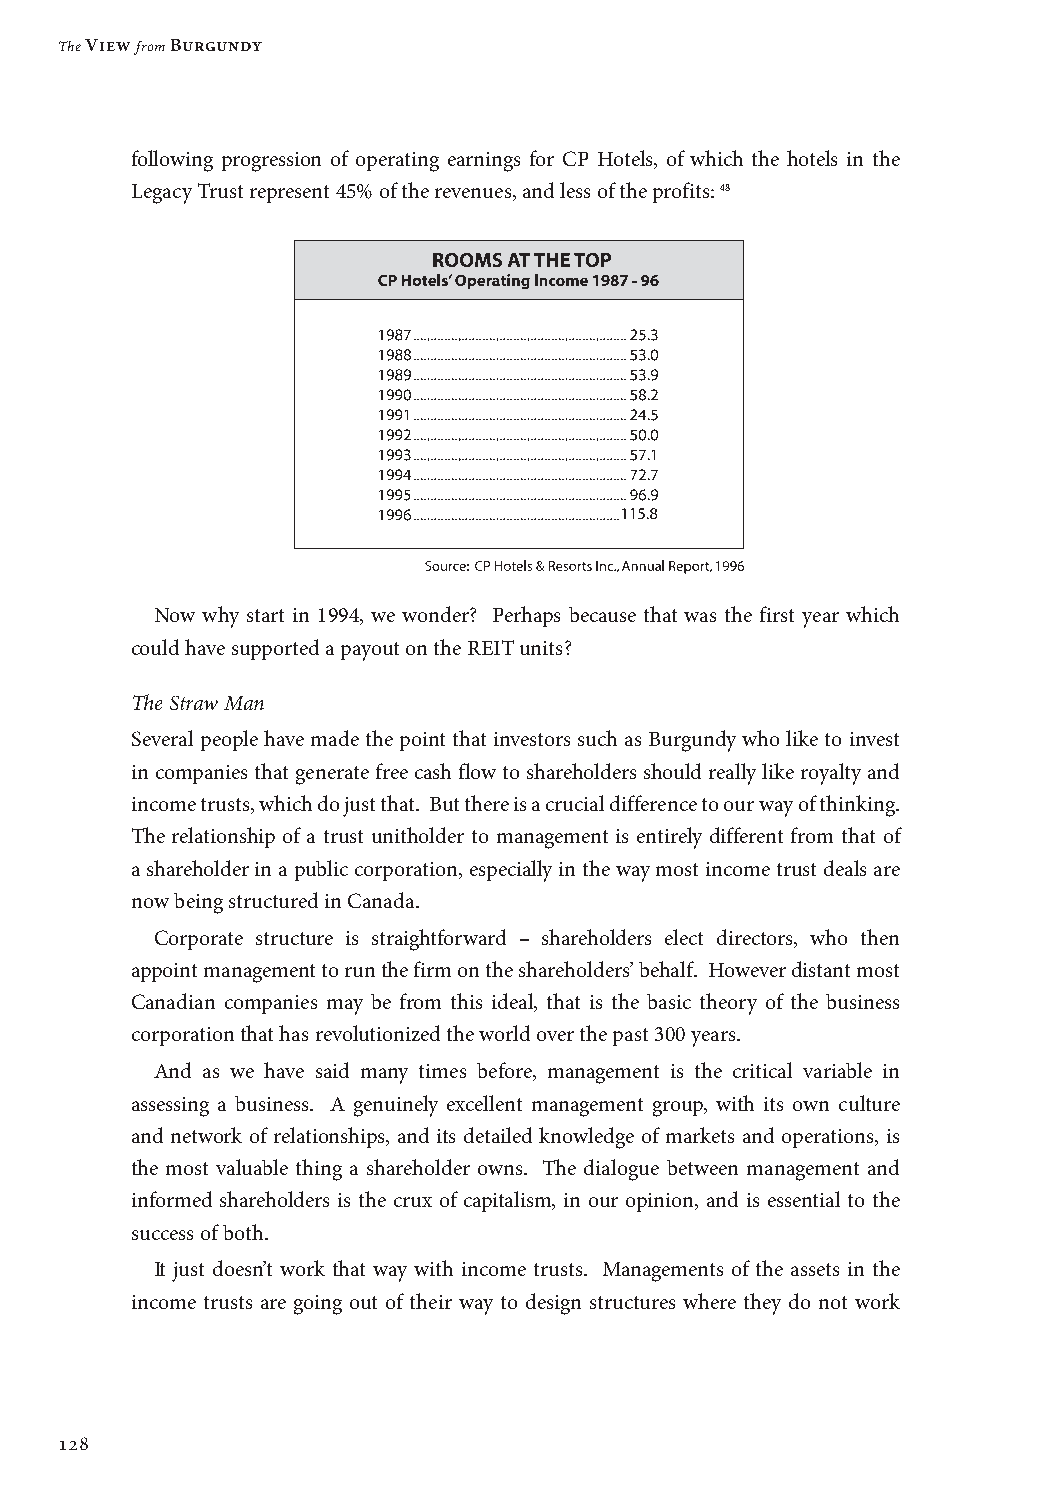
The View from Burgundy
 following progression of operating earnings for CP Hotels, of which the hotels in the
 Legacy Trust represent 45% of the revenues, and less of the profits: 48
 Now why start in 1994, we wonder? Perhaps because that was the first year which
 could have supported a payout on the REIT units?
 The Straw Man
 Several people have made the point that investors such as Burgundy who like to invest
 in companies that generate free cash flow to shareholders should really like royalty and
 income trusts, which do just that. But there is a crucial difference to our way of thinking.
 The relationship of a trust unitholder to management is entirely different from that of
 a shareholder in a public corporation, especially in the way most income trust deals are
 now being structured in Canada.
 Corporate structure is straightforward – shareholders elect directors, who then
 appoint management to run the firm on the shareholders’ behalf. However distant most
 Canadian companies may be from this ideal, that is the basic theory of the business
 corporation that has revolutionized the world over the past 300 years.
 And as we have said many times before, management is the critical variable in
 assessing a business. A genuinely excellent management group, with its own culture
 and network of relationships, and its detailed knowledge of markets and operations, is
 the most valuable thing a shareholder owns. The dialogue between management and
 informed shareholders is the crux of capitalism, in our opinion, and is essential to the
 success of both.
 It just doesn’t work that way with income trusts. Managements of the assets in the
 income trusts are going out of their way to design structures where they do not work
 128